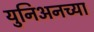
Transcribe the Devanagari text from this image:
युनिअनच्या